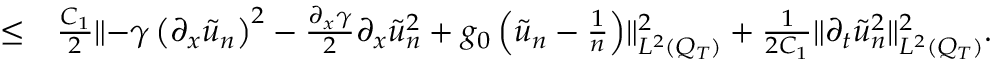
\begin{array} { r l } { \leq } & { { } \frac { C _ { 1 } } { 2 } \lVert - \gamma \left( \partial _ { x } \tilde { u } _ { n } \right) ^ { 2 } - \frac { \partial _ { x } \gamma } { 2 } \partial _ { x } \tilde { u } _ { n } ^ { 2 } + g _ { 0 } \left( \tilde { u } _ { n } - \frac { 1 } { n } \right) \rVert _ { L ^ { 2 } ( Q _ { T } ) } ^ { 2 } + \frac { 1 } { 2 C _ { 1 } } \lVert \partial _ { t } \tilde { u } _ { n } ^ { 2 } \rVert _ { L ^ { 2 } ( Q _ { T } ) } ^ { 2 } . } \end{array}